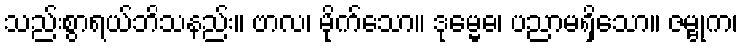
သည်းစွာရယ်ဘိသနည်း။ ဗာလ၊ မိုက်သော။ ဒုမ္မေဓ၊ ပညာမရှိသော။ ဇမ္ဗုက၊